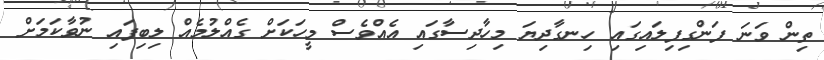
ތިން ވަނަ ފަންގިފިލައިގައި ހިނގާދިޔަ މިހާދިސާގައި އެއްވެސް މީހަކަށް ގެއްލުމެއް ލިބިފައި ނުވާކަމަށް